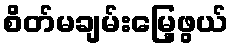
စိတ်မချမ်းမြေ့ဖွယ်